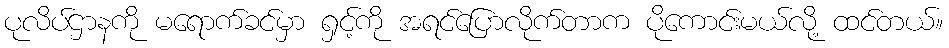
ပုလိပ်ဌာနကို မရောက်ခင်မှာ ရှင့်ကို အရင်ပြောလိုက်တာက ပိုကောင်းမယ်လို့ ထင်တယ်။